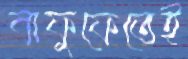
বাফুফেতেই